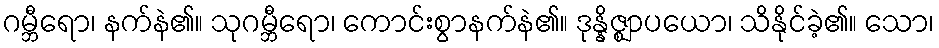
ဂမ္ဘီရော၊ နက်နဲ၏။ သုဂမ္ဘီရော၊ ကောင်းစွာနက်နဲ၏။ ဒုန္နိဇ္ဈာပယော၊ သိနိုင်ခဲ့၏။ သော၊